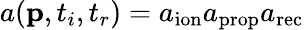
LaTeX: a(\mathbf{p},t_{i},t_{r})=a_{\mathrm{ion}}a_{\mathrm{prop}}a_{\mathrm{rec}}